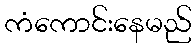
ကံကောင်းနေမည်